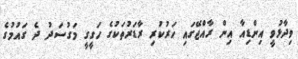
ވިދާޅުވީ އިންޑިއާ އިން ރާއްޖޭގައި ހަރުކުރި ރާޑަރުތަކުގެ ހަގީގީ މަގުސަދު ދެ ގައުމުގެ